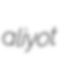
aliyot